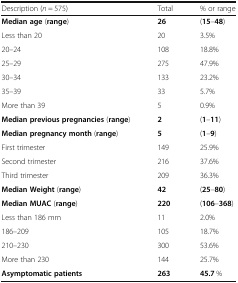
| Description (n = 575) | Total | % or range |
 | --- | --- | --- |
 | Median age (range) | 26 | (15–48) |
 | Less than 20 | 20 | 3.5% |
 | 20–24 | 108 | 18.8% |
 | 25–29 | 275 | 47.9% |
 | 30–34 | 133 | 23.2% |
 | 35–39 | 33 | 5.7% |
 | More than 39 | 5 | 0.9% |
 | Median previous pregnancies (range) | 2 | (1–11) |
 | Median pregnancy month (range) | 5 | (1–9) |
 | First trimester | 149 | 25.9% |
 | Second trimester | 216 | 37.6% |
 | Third trimester | 209 | 36.3% |
 | Median Weight (range) | 42 | (25–80) |
 | Median MUAC (range) | 220 | (106–368) |
 | Less than 186 mm | 11 | 2.0% |
 | 186–209 | 105 | 18.7% |
 | 210–230 | 300 | 53.6% |
 | More than 230 | 144 | 25.7% |
 | Asymptomatic patients | 263 | 45.7 % |